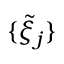
\{ \tilde { \mathcal { \xi } } _ { j } \}